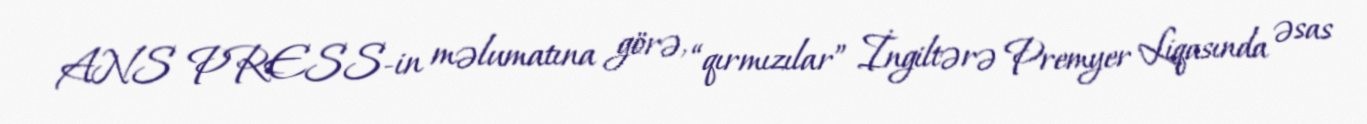
ANS PRESS-in məlumatına görə, “qırmızılar” İngiltərə Premyer Liqasında əsas